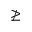
\ngeq